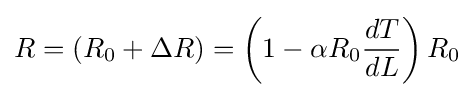
R=(R_{0}+\Delta R)=\left(1-\alpha R_{0}{\frac {dT}{dL}}\right)R_{0}